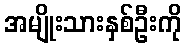
အမျိုးသားနှစ်ဦးကို